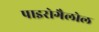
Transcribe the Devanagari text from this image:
पाइरोगैलोल